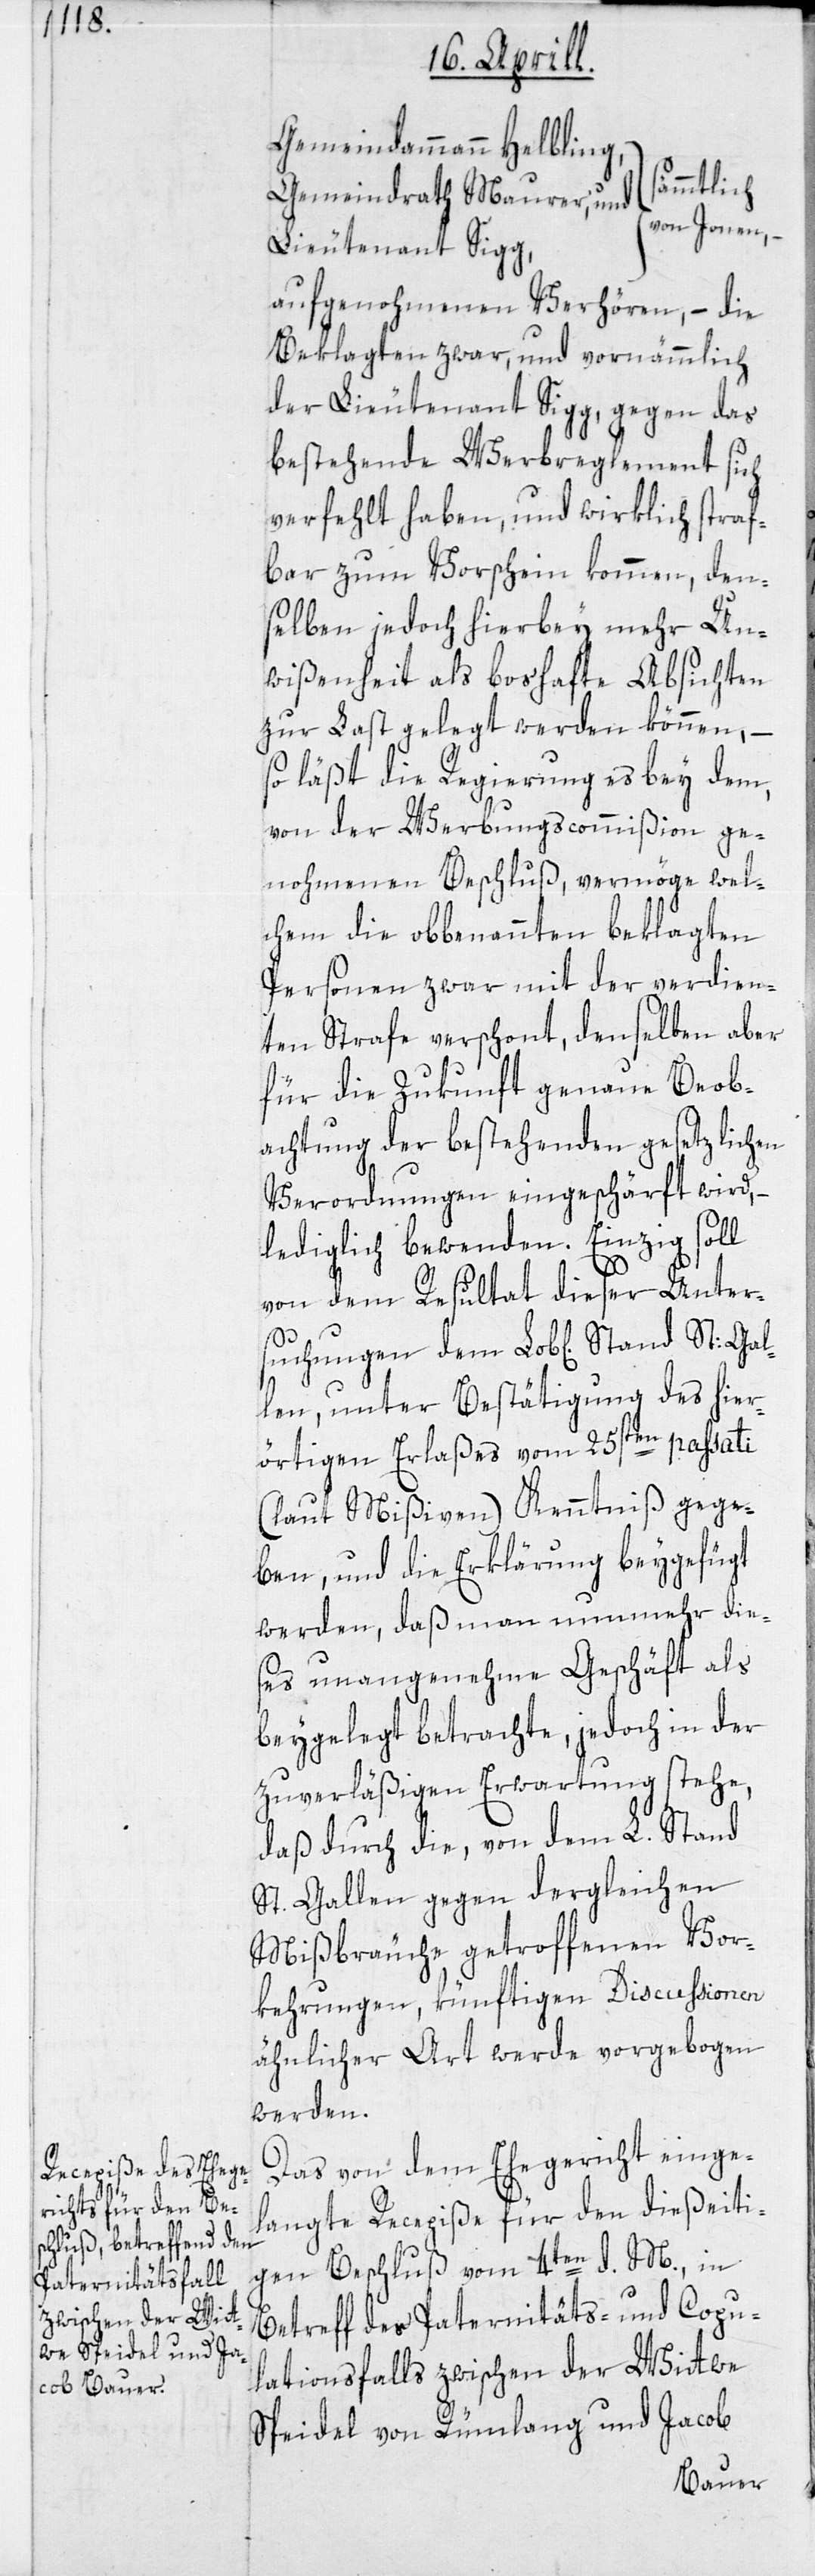
Gemeindammann Helbling,
Gal¬
Gemeindrath Maurer, und
von Jonen, –
Lieutenant Sigg,
aufgenohmenen Verhören, – die
Beklagten zwar, und vornämmlich
der Lieutenant Sigg, gegen das
bestehende Werbreglement sich
verfehlt haben, und wirklich straf¬
bar zum Vorschein kommen, den¬
selben jedoch hierbey mehr Un¬
wißenheit als boshafte Absichten
zur Last gelegt werden können, –
so läßt die Regierung es bey dem,
von der Werbungscommißion ge¬
nohmenen Beschluß, vermöge wel¬
chem die obbenannten beklagten
Personen zwar mit der verdien¬
ten Strafe verschont, denselben aber
für die Zukunft genaue Beob¬
achtung der bestehenden gesetzlichen
Verordnungen eingeschärft wird, –
lediglich bewenden. Einzig soll
von dem Resultat dieser Unter¬
suchungen dem Lob[lichen] Stand
len, unter Bestätigung des hier¬
örtigen Erlaßes vom 25sten passati
(laut Mißiven) Kenntniß gege¬
ben, und die Erklärung beygefügt
werden, daß man nunmehr die¬
ses unangenehme Geschäft als
beygelegt betrachte, jedoch in der
zuverläßigen Erwartung stehe,
daß durch die, von dem L. Stand
St. Gallen gegen dergleichen
Mißbräuche getroffenen Vor¬
kehrungen, künftigen Discussionen
ähnlicher Art werde vorgebogen
werden.
Das von dem Ehegericht einge¬
langte Recepiße für den dießeiti¬
gen Beschluß vom 4ten d. M., in
Betreff des Paternitäts- und Copu¬
lationsfalls zwischen der Wittwe
Speidel von Rümlang und Jacob